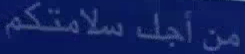
من أجد سلامتكم